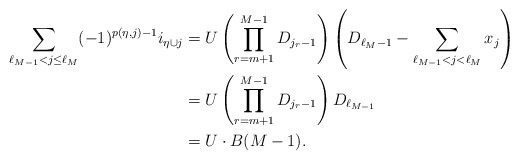
\begin{align*}\sum_{\ell_{M-1}<j \leq \ell_M} (-1)^{p(\eta,j)-1} i_{\eta \cup j}&= U\left(\prod_{r=m+1}^{M-1}{D_{j_{r}-1}}\right)\left(D_{\ell_M-1}-\sum_{\ell_{M-1}<j<\ell_M}{x_{j}}\right) \\&= U\left(\prod_{r=m+1}^{M-1}{D_{j_{r}-1}}\right)D_{\ell_{M-1}} \\&= U\cdot B(M-1). \end{align*}